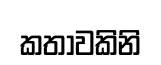
කතාවකිනි